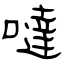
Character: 噠